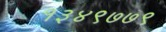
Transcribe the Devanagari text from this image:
१३४९७७९